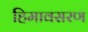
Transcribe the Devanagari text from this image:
हिमावसरण